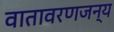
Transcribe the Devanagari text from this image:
वातावरणजन्य